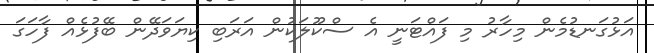
އަޅުގަނޑުމެން މިހާރު މި ފައްޓަނީ އެ ސްކޫލަކުން އަރަބި ކިޔަވަދޭން ބޭފުޅެއް ފާހަގަ